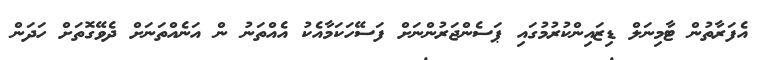
އެފަރާތުން ޓާމިނަލް ޑިޒައިންކުރުމުގައި ޕަސެންޖަރުންނަށް ފަސޭހަކަމާއެކު އެއްތަނު ން އަނެއްތަނަށް ދެވޭގޮތަށް ހަދަން